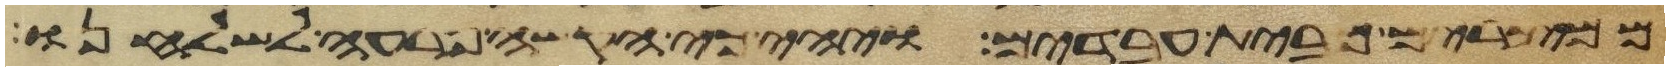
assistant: ממצרים מבית עבדים ויהי כי הקשה פרעה לשלחנו